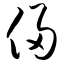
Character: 侵